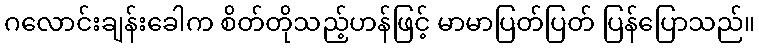
ဂလောင်းချန်းခေါက စိတ်တိုသည့်ဟန်ဖြင့် မာမာပြတ်ပြတ် ပြန်ပြောသည်။